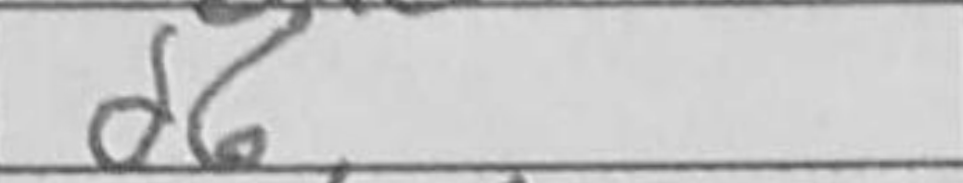
Transcription: d6